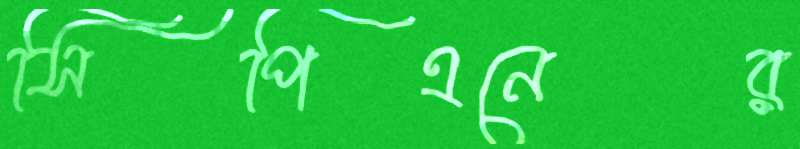
সিপিএনের